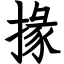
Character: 掾